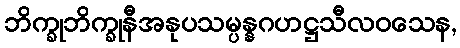
ဘိက္ခုဘိက္ခုနီအနုပသမ္ပန္နဂဟဋ္ဌသီလဝသေန,